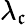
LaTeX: \lambda_{\mathfrak{c}}